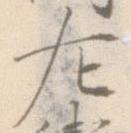
左